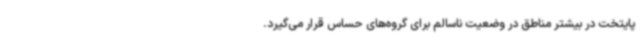
پایتخت در بیشتر مناطق در وضعیت ناسالم برای گروه‌های حساس قرار می‌گیرد.